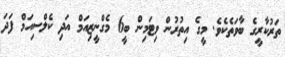
ތަރުކާރީގެ ބާވަތެކެވެ. މީގެ އިތުރުން ވިޓަމިން ބީ6 މެގްނީޒިއަމް އަދި ކެލްސިއަމް ފަދަ